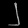
Digit: ၂